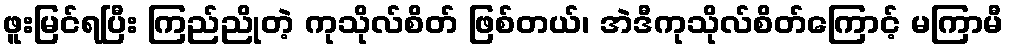
ဖူးမြင်ရပြီး ကြည်ညိုတဲ့ ကုသိုလ်စိတ် ဖြစ်တယ်၊ အဲဒီကုသိုလ်စိတ်ကြောင့် မကြာမီ